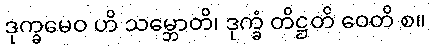
ဒုက္ခမေဝ ဟိ သမ္ဘောတိ၊ ဒုက္ခံ တိဋ္ဌတိ ဝေတိ စ။